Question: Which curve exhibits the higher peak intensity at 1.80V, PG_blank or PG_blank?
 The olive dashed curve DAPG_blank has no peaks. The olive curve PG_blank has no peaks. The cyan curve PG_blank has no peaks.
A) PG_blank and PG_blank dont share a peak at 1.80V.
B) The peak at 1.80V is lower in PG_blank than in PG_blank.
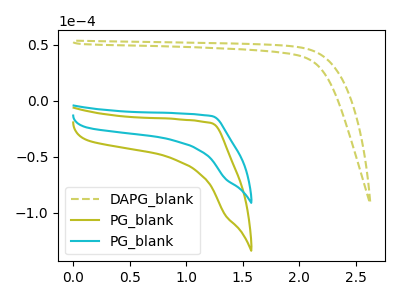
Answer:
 <answer>A) "PG_blank" and "PG_blank" dont share a peak at 1.80V.</answer>
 <eval>A</eval>